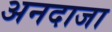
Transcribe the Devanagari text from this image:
अनदाजा